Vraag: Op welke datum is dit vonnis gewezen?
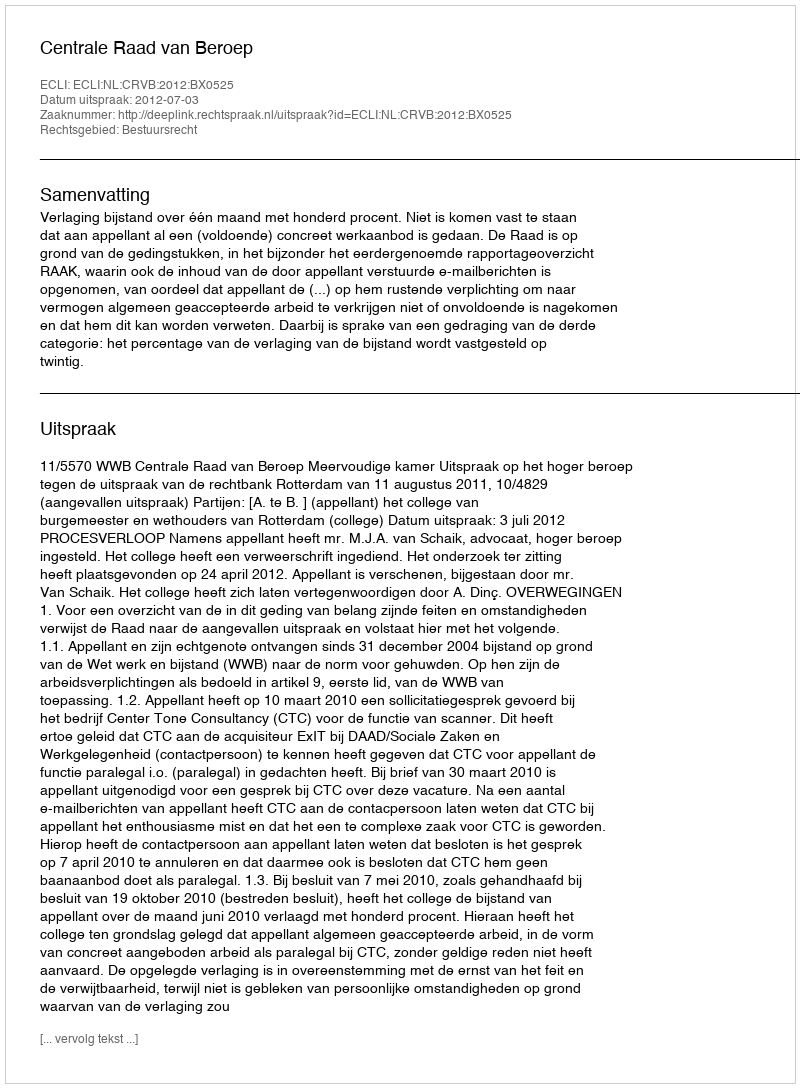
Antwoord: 2012-07-03